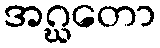
အဂ္ဃတော